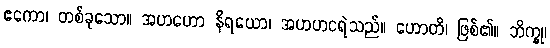
ဧကော၊ တစ်ခုသော။ အဟဟော နိရယော၊ အဟဟငရဲသည်။ ဟောတိ၊ ဖြစ်၏။ ဘိက္ခု၊